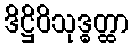
ဒိဋ္ဌိဝိသုဒ္ဓတ္ထာ